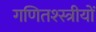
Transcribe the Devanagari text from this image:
गणितश्स्त्रीयों